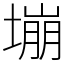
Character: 塴